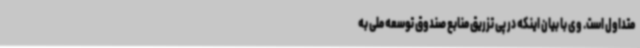
متداول است. وی با بیان اینکه در پی تزریق منابع صندوق توسعه ملی به